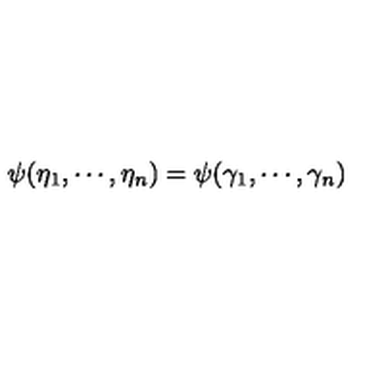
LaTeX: \psi ( \eta _ { 1 } , \cdots , \eta _ { n } ) = \psi ( \gamma _ { 1 } , \cdots , \gamma _ { n } )